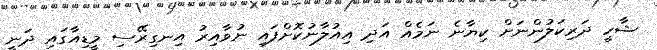
ޝާހީ ދަރިކަލުންނަށް ކިޔާނެ ނަމެއް އަދި އިއުލާނުކޮށްފައި ނުވާއިރު އިނގިރޭސި މީޑިއާގައި ދަނީ